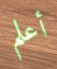
أعلم